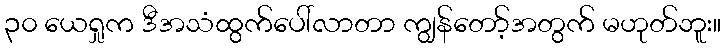
၃၀ ယေရှုက ဒီအသံထွက်ပေါ်လာတာ ကျွန်တော့်အတွက် မဟုတ်ဘူး။